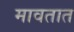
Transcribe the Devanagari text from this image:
मावतात